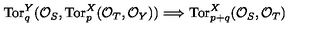
\mathrm { T o r } _ { q } ^ { Y } ( { \cal O } _ { S } , \mathrm { T o r } _ { p } ^ { X } ( { \cal O } _ { T } , { \cal O } _ { Y } ) ) \Longrightarrow \mathrm { T o r } _ { p + q } ^ { X } ( { \cal O } _ { S } , { \cal O } _ { T } )